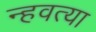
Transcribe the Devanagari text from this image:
न्हवत्या